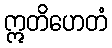
ဣတိဟေတံ